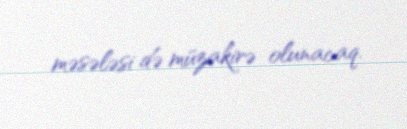
məsələsi də müzakirə olunacaq.